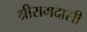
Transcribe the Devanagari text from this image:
श्रीरामदासी